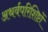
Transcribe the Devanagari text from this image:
अथर्वपरिशिष्टों